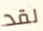
لقد